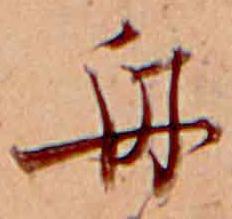
舟